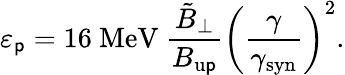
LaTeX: \varepsilon_{\mathsf{p}}=16~\textrm{{MeV}}~\frac{{\tilde{{B}}_{\perp}}}{{B_{\mathrm{{u\mathsf{p}}}}}}\left(\frac{{\gamma}}{{\gamma_{\mathrm{{syn}}}}}\right)^{2}.